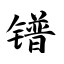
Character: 镨